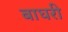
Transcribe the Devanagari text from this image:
बाघरी